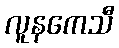
လူနကေသီ